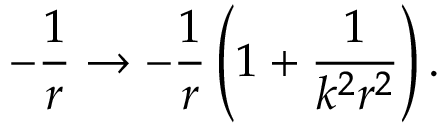
- \frac { 1 } { r } \rightarrow - \frac { 1 } { r } \left( 1 + \frac { 1 } { k ^ { 2 } r ^ { 2 } } \right) .